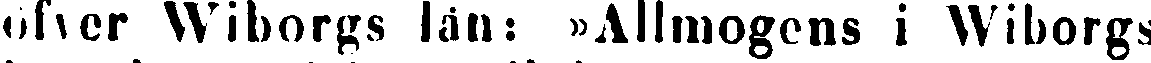
öfver Wiborgs län: »Allmogens i Wiborgs